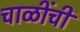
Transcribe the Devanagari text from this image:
चाळींची